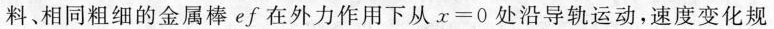
料、相同粗细的金属棒ef在外力作用下从$$x=0$$处沿导轨运动，速度变化规